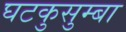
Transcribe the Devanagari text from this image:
घटकुसुम्बा